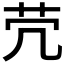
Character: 𦬮